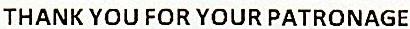
THANK YOU FOR YOUR PATRONAGE